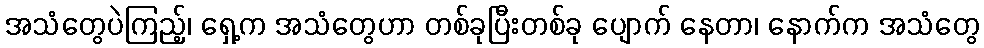
အသံတွေပဲကြည့်၊ ရှေ့က အသံတွေဟာ တစ်ခုပြီးတစ်ခု ပျောက် နေတာ၊ နောက်က အသံတွေ